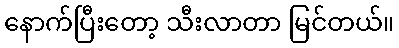
နောက်ပြီးတော့ သီးလာတာ မြင်တယ်။